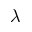
\lambda